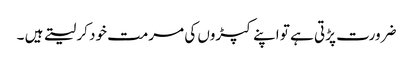
ضرورت پڑتی ہے تو اپنے کپڑوں کی مرمت خود کر لیتے ہیں ۔